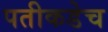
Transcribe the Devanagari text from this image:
पतीकडेच